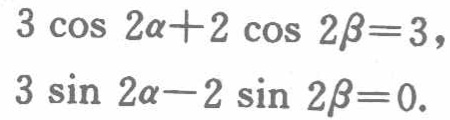
\[

\begin{cases}

3\cos 2\alpha + 2\cos 2\beta = 3,\\

3\sin 2\alpha - 2\sin 2\beta = 0.

\end{cases}

\]